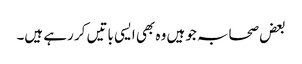
بعض صحابہ جو ہیں وہ بھی ایسی باتیں کر رہے ہیں۔